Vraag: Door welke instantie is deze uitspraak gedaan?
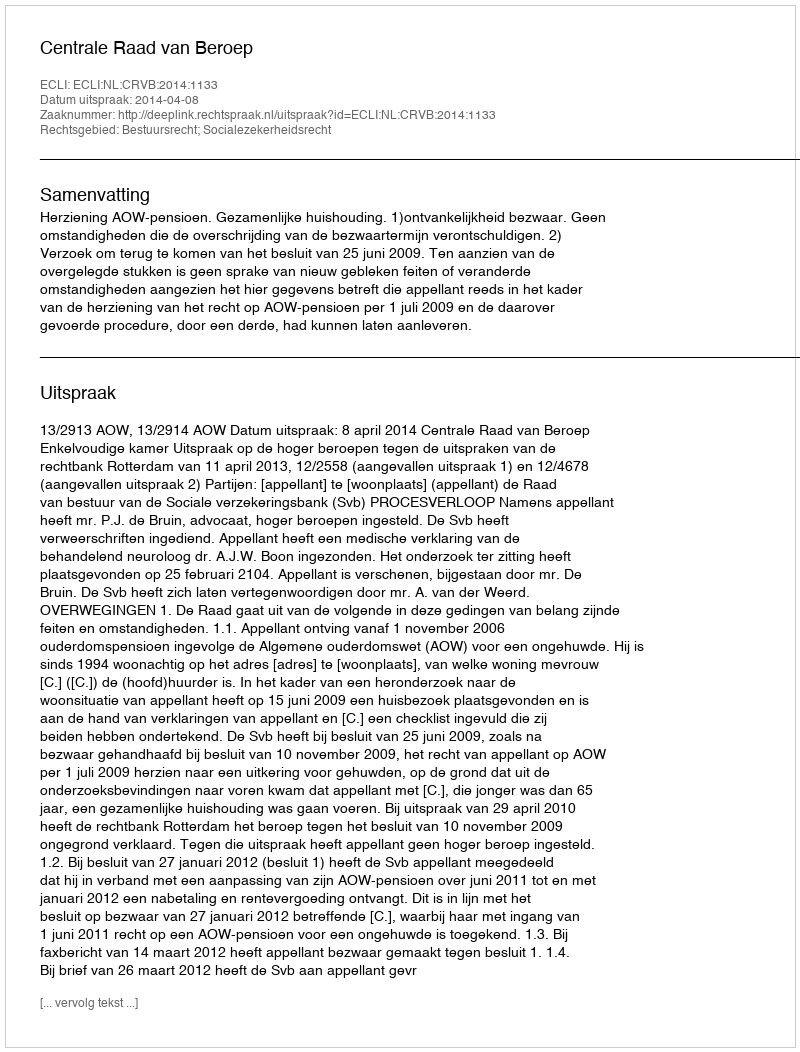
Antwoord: Centrale Raad van Beroep